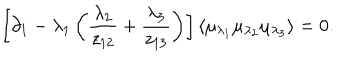
LaTeX: \left[ \partial _ { 1 } - \lambda _ { 1 } \left( \frac { \lambda _ { 2 } } { z _ { 1 2 } } + \frac { \lambda _ { 3 } } { z _ { 1 3 } } \right) \right] \langle \mu _ { \lambda _ { 1 } } \mu _ { \lambda _ { 2 } } \mu _ { \lambda _ { 3 } } \rangle = 0 .